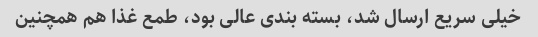
خیلی سریع ارسال شد، بسته بندی عالی بود، طمع غذا هم همچنین